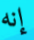
إنه